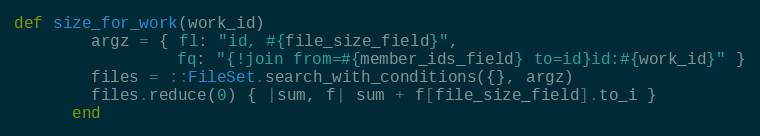
Language: Ruby
def size_for_work(work_id)
        argz = { fl: "id, #{file_size_field}",
                 fq: "{!join from=#{member_ids_field} to=id}id:#{work_id}" }
        files = ::FileSet.search_with_conditions({}, argz)
        files.reduce(0) { |sum, f| sum + f[file_size_field].to_i }
      end